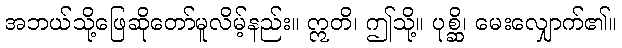
အဘယ်သို့ဖြေဆိုတော်မူလိမ့်နည်း။ ဣတိ၊ ဤသို့။ ပုစ္ဆိ၊ မေးလျှောက်၏။